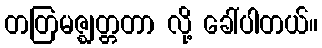
တတြမဇ္ဈတ္တတာ လို့ ခေါ်ပါတယ်။